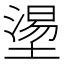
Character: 𡐀